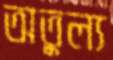
অতুল্য